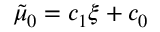
\tilde { \mu } _ { 0 } = c _ { 1 } \xi + c _ { 0 }